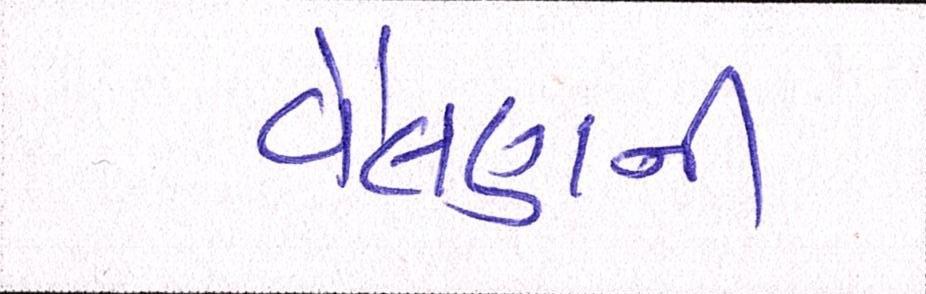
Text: વેલણની